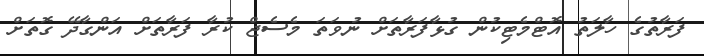
ފަރާތުގެ ހާލަތު އޮޓްމެޓިކުން ގުޅާފަރާތަށް ނުވަތަ މެސެޖް ކުރާ ފަރާތަށް އަންގާދޭ ގޮތަށް